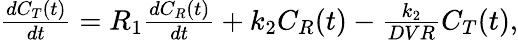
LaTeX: \begin{array}{r}{\frac{dC_{T}(t)}{dt}=R_{1}\frac{dC_{R}(t)}{dt}+k_{2}C_{R}(t)-\frac{k_{2}}{DVR}C_{T}(t),}\end{array}